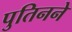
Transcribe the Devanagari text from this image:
पुतिनने